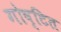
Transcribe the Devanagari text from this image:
गोष्टित